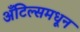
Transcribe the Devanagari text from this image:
अँटिल्समधून